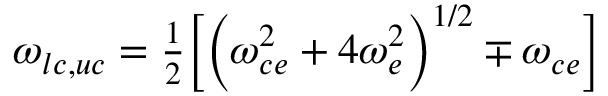
\omega _ { l c , u c } = \textstyle { \frac { 1 } { 2 } } \Big [ \Big ( \omega _ { c e } ^ { 2 } + 4 \omega _ { e } ^ { 2 } \Big ) ^ { 1 / 2 } \mp \omega _ { c e } \Big ]